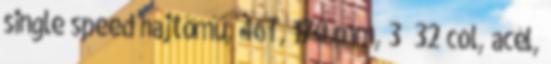
single speed hajtómű, 46T, 170 mm, 3 32 col, acél,